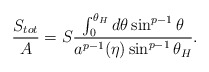
\begin{align*}{S_{tot}\over A}=S{{\int^{\theta_H}_0d\theta\sin^{p-1}\theta}\over{a^{p-1}(\eta)\sin^{p-1}\theta_H}}.\end{align*}